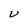
Character: U